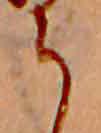
ら